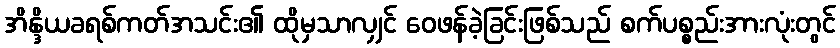
အိန္ဒိယခရစ်ကတ်အသင်း၏ ထိုမှသာလျှင် ဝေဖန်ခဲ့ခြင်းဖြစ်သည် စက်ပစ္စည်းအားလုံးတွင်